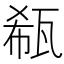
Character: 瓻